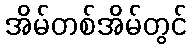
အိမ်တစ်အိမ်တွင်